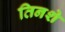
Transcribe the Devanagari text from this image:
तिनशे